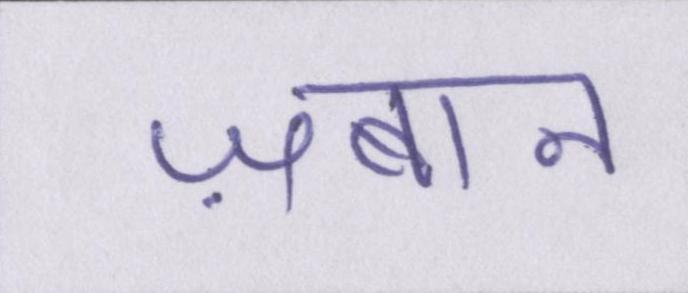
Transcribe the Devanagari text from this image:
ज़बान